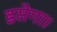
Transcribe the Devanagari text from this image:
डसेगा।